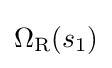
\Omega _{\text{R}}(s_{1})